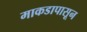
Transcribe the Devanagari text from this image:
माकडापासून